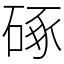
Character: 硺